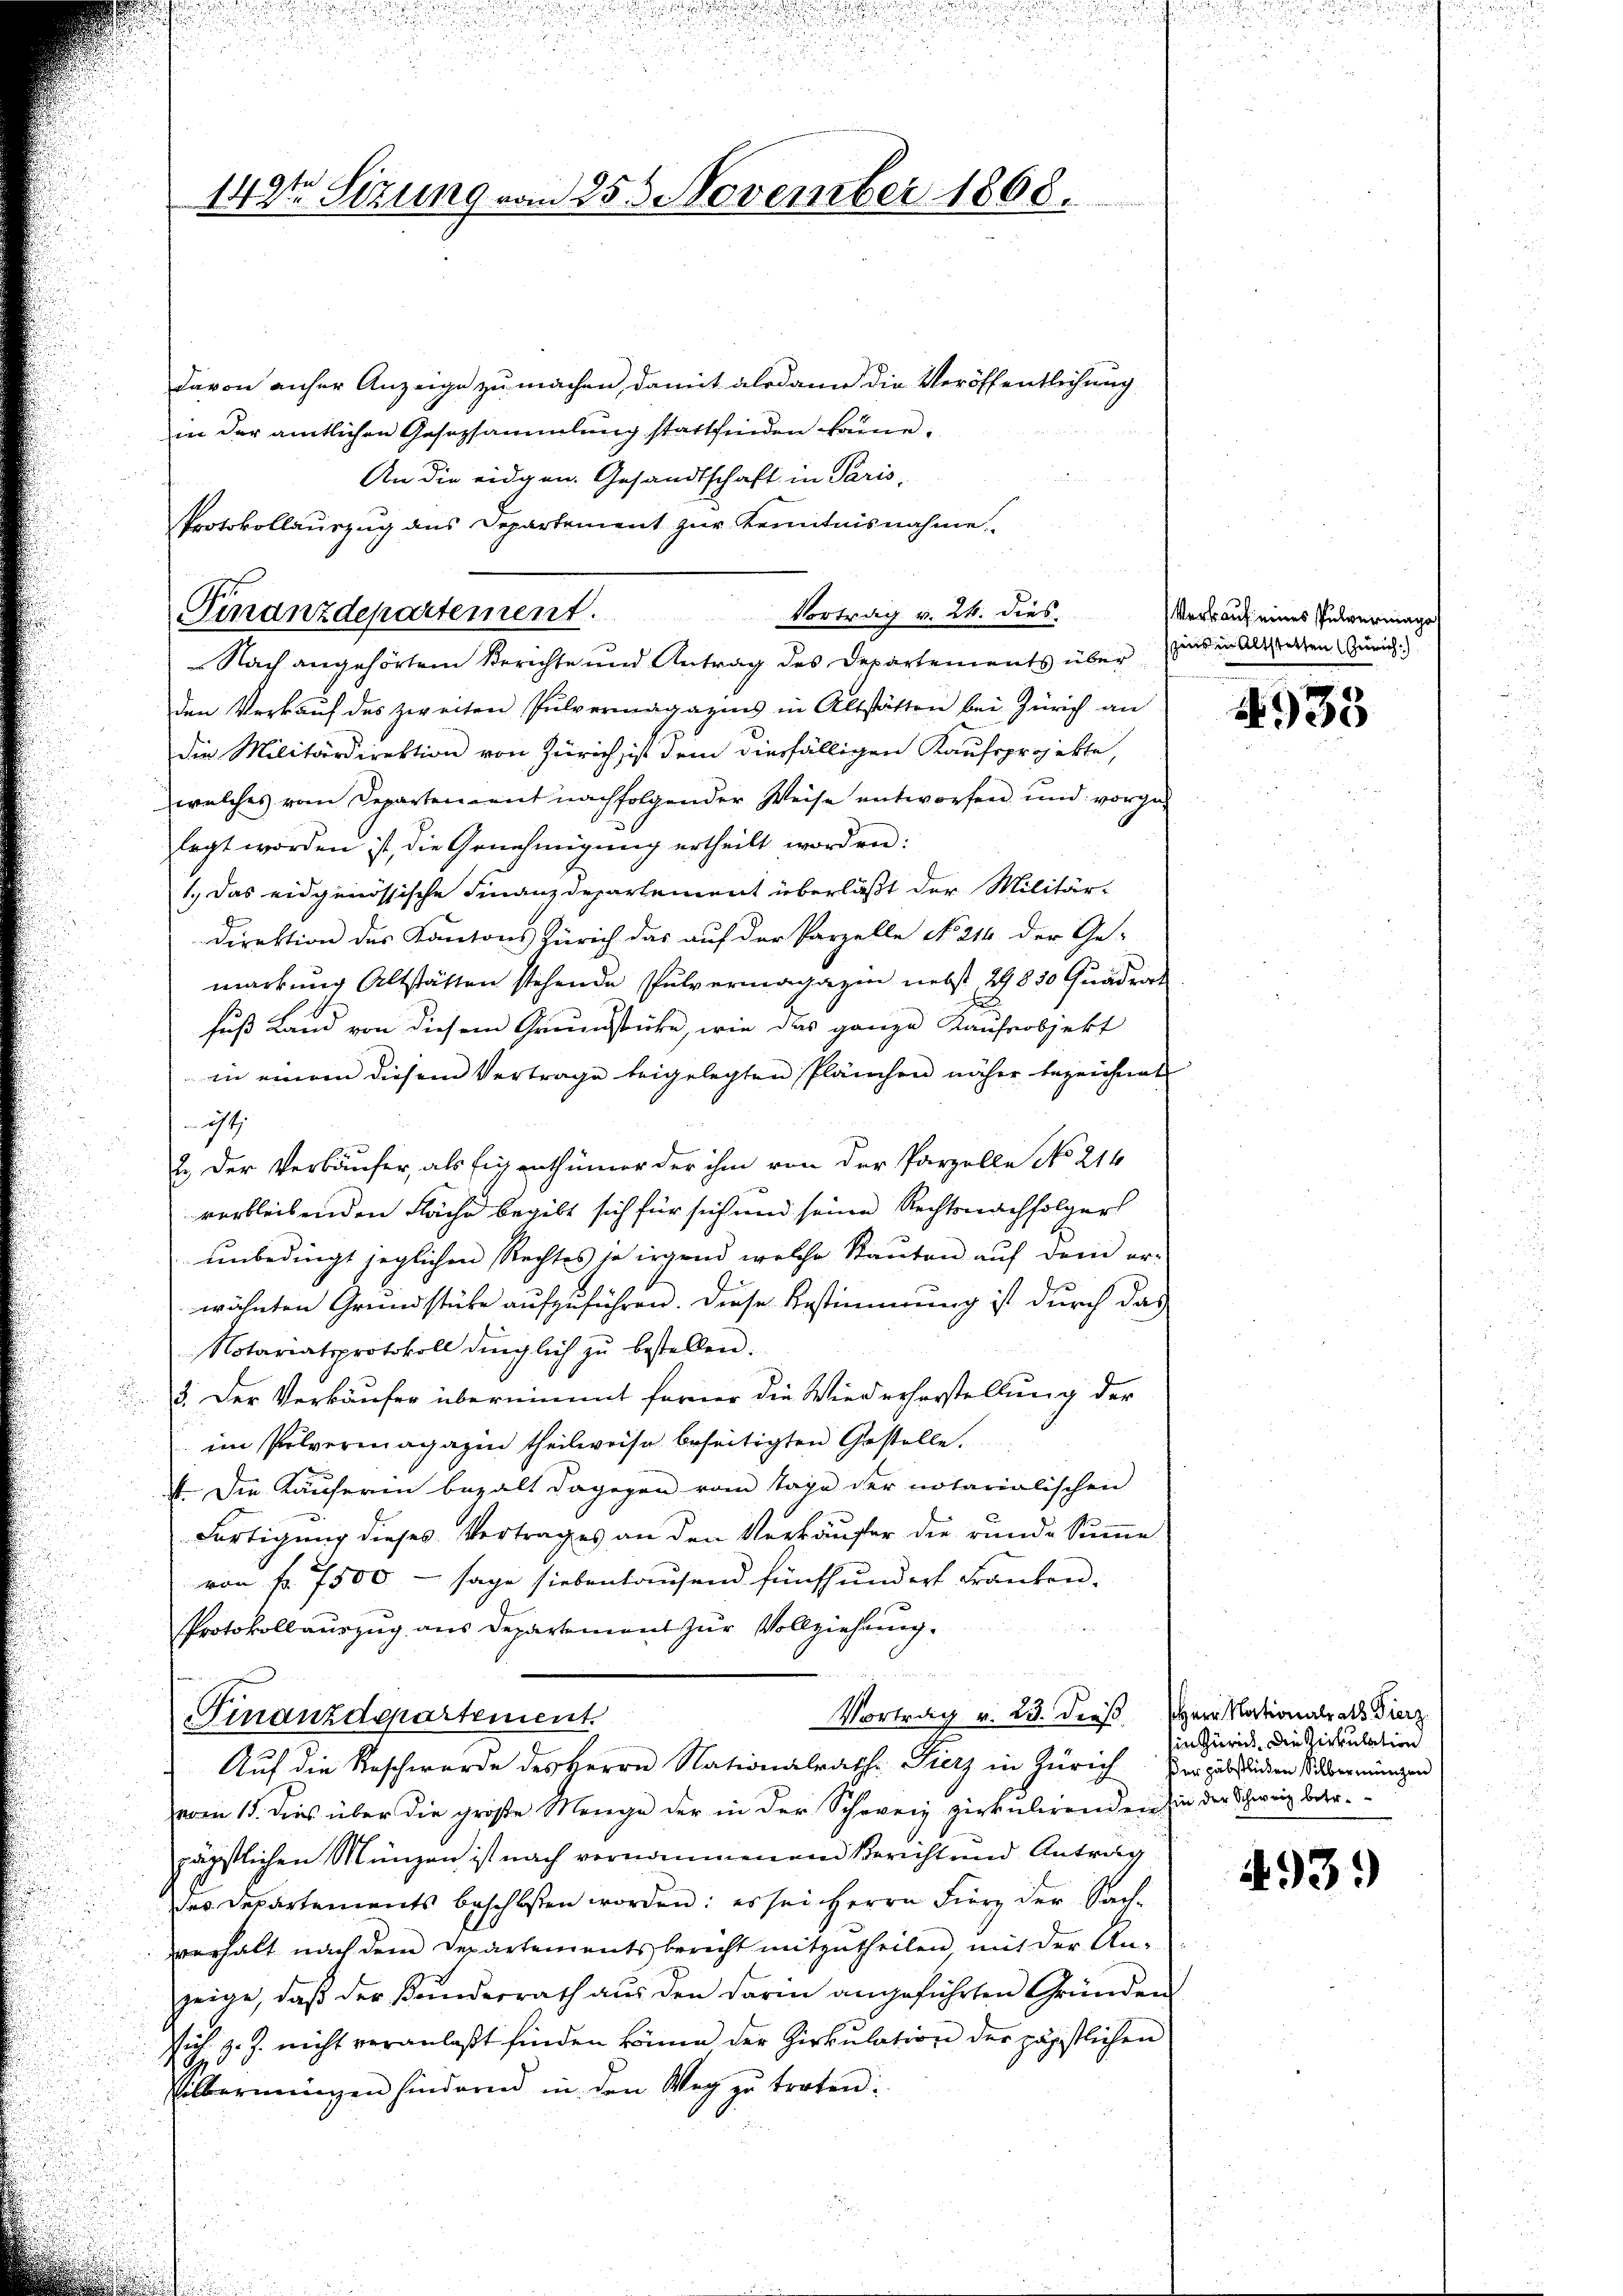
142ten Sizung vom 255 November 1868.

davon anher Anzeige zu machen, damit alsdann die Veröffentlichung
in der amtlichen Gesezsammlung stattfinden könne.
An die eidgen. Gesandtschaft in Paris,
Protokollauszug aus Departement zur Kenntnisnahme.

Finanzdepartement. Vortrag v. 24. dies

Nach angehörtem Berichte und Antrag des Departements über
den Verkauf des zweiten Pulvermagazins in Altstätten bei Zürich an
die Militärdirektion von Zürich ist dem diesfälligen Kaufsprojekte,
welches vom Departenant nachfolgender Weise entworfen und vorge-
lagt worden ist, die Genehmigŭng ertheilt worden:
1.) Das eidgenössische Finanzdepartement überläßt der Militär-
Direktion des Kantons Zürich das auf der Parzelle No 214 der Ge-
markung Altstätten stehende Pulvermagazin nebst 29830 Quadrat
Fuß Land von diesem Grundstücke, wie das ganze Kaufsobjekt
in einem diesem Vertrage beigelegten Plänchen näher bezeichnet
 ist
2.) Der Verkäufer, als Eigenthümer der ihm von der Parzelle No. 214
verbleibenden Fäche begibt sich für sich und seine Rechtsnachfolgers
unbedingt jeglichen Rechtes so irgend welche Rauten auf dem erwähnten Grundstücke aufzuführen. Diese Bestimmung ist durch das
Notariatsprotokoll dinglich zŭ bestellen.
3. Der Verkäufer übernimmt ferner die Wiederherstellung der
im Pulvermagazin theilweise beseitigten Gestelle.
 Die Käuferin bezalt dagegen vom Tage der notarialischen
Fertigung dieses Vertrages an den Verkäufer die runde Summe
von fr. 7500 - sage siebenhausend fünfhundert Franken.
Protokollauszug aus Departement zur Vollziehung.

Vortrag v. 23. dieß Herr Nationalrats Vierz
Finanzdepartement.
Auf die Beschwerde des Herrn Nationalrath Fierz in Zürich der jährlichen strennungen
vom 15. dies über die große Menge der in der Schweiz zirkulirenden sie der Schweiz beer.
päpstlichen Münzen ist nach vernommenen Bericht und Antrag
des Departements beschloßen worden: es sei Herrn Fierz der Sachverhalt nach dem Departements bericht mitzutheilen mit der An-
zeige, daß der Kinderrath aus den darin angeführten Gründen
Vich z. Z. nicht veranlaßt finden könne der Zirkulation der päpstlichen
40.
Silbermingen hindernd in den Weg zŭ treten:

Verkauf eines Pulvermage
szins in Altstetten Zürich)

938

Ein Zürich, die Zirkulation

493.